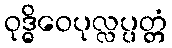
ဝုဒ္ဓိဝေပုလ္လပ္ပတ္တံ